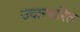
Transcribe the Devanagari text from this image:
उदारचरित